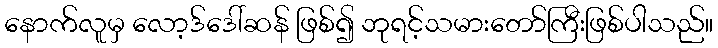
နောက်လူမှ လော့ဒ်ဒေါ်ဆန် ဖြစ်၍ ဘုရင့်သမားတော်ကြီးဖြစ်ပါသည်။